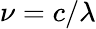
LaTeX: \nu=c/\lambda